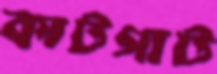
কাটগাট